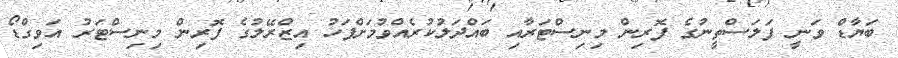
ބަޔާޑް ވަނީ ފަލަސްތީނުގެ ފޮރިން މިނިސްޓަރާއި ބައްދަލުކުރެއްވުމަށްފަހު އިޒްރޭލުގެ ފޮރިން މިނިސްޓަރު އަވިގްޑޯ